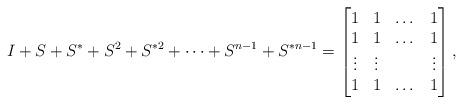
LaTeX: \begin{align*}I+S+S^*+S^2+S^{*2}+\dots+S^{n-1}+S^{*n-1}=\begin{bmatrix}1 & 1 & \dots & 1\\1 & 1 & \dots & 1\\\vdots & \vdots & & \vdots\\1 & 1 & \dots & 1\\\end{bmatrix},\end{align*}